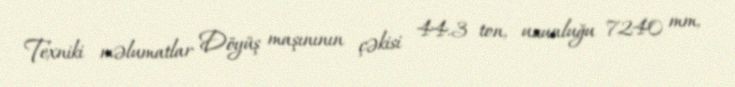
Texniki məlumatlar Döyüş maşınının çəkisi 44.3 ton, uzunluğu 7240 mm,